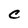
Character: c